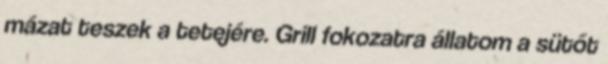
mázat teszek a tetejére. Grill fokozatra állatom a sütőt